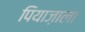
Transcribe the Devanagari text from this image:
पियाज़ाला